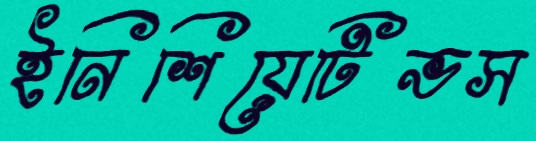
ইনিশিয়েটিভস